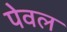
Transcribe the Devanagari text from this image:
पेवल